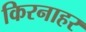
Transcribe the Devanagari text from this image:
किरनाहर